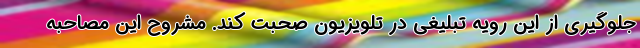
جلوگیری از این رویه تبلیغی در تلویزیون صحبت کند. مشروح این مصاحبه